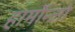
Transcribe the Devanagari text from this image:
हार्मोन्जो